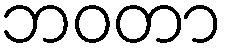
ဘဝတာ